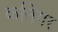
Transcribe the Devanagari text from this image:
कनिगर